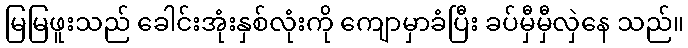
မြမြဖူးသည် ခေါင်းအုံးနှစ်လုံးကို ကျောမှာခံပြီး ခပ်မှီမှီလှဲနေ သည်။